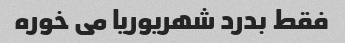
فقط بدرد شهریوریا می خوره